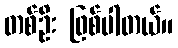
တစ်ဦး ဖြစ်ပါတယ်။